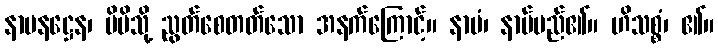
နာမနဋ္ဌေန၊ မိမိသို့ ညွတ်စေတတ်သော အနက်ကြောင့်။ နာမံ၊ နာမ်မည်၏။ ဟိသစ္စံ၊ ၏။